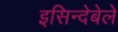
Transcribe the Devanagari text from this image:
इसिन्देबेले